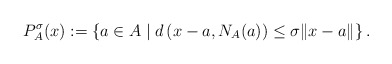
\begin{align*}P_{A}^\sigma(x):= \left\{a\in A \mid d\left(x-a,N_A(a)\right)\le \sigma\|x-a\|\right\}.\end{align*}